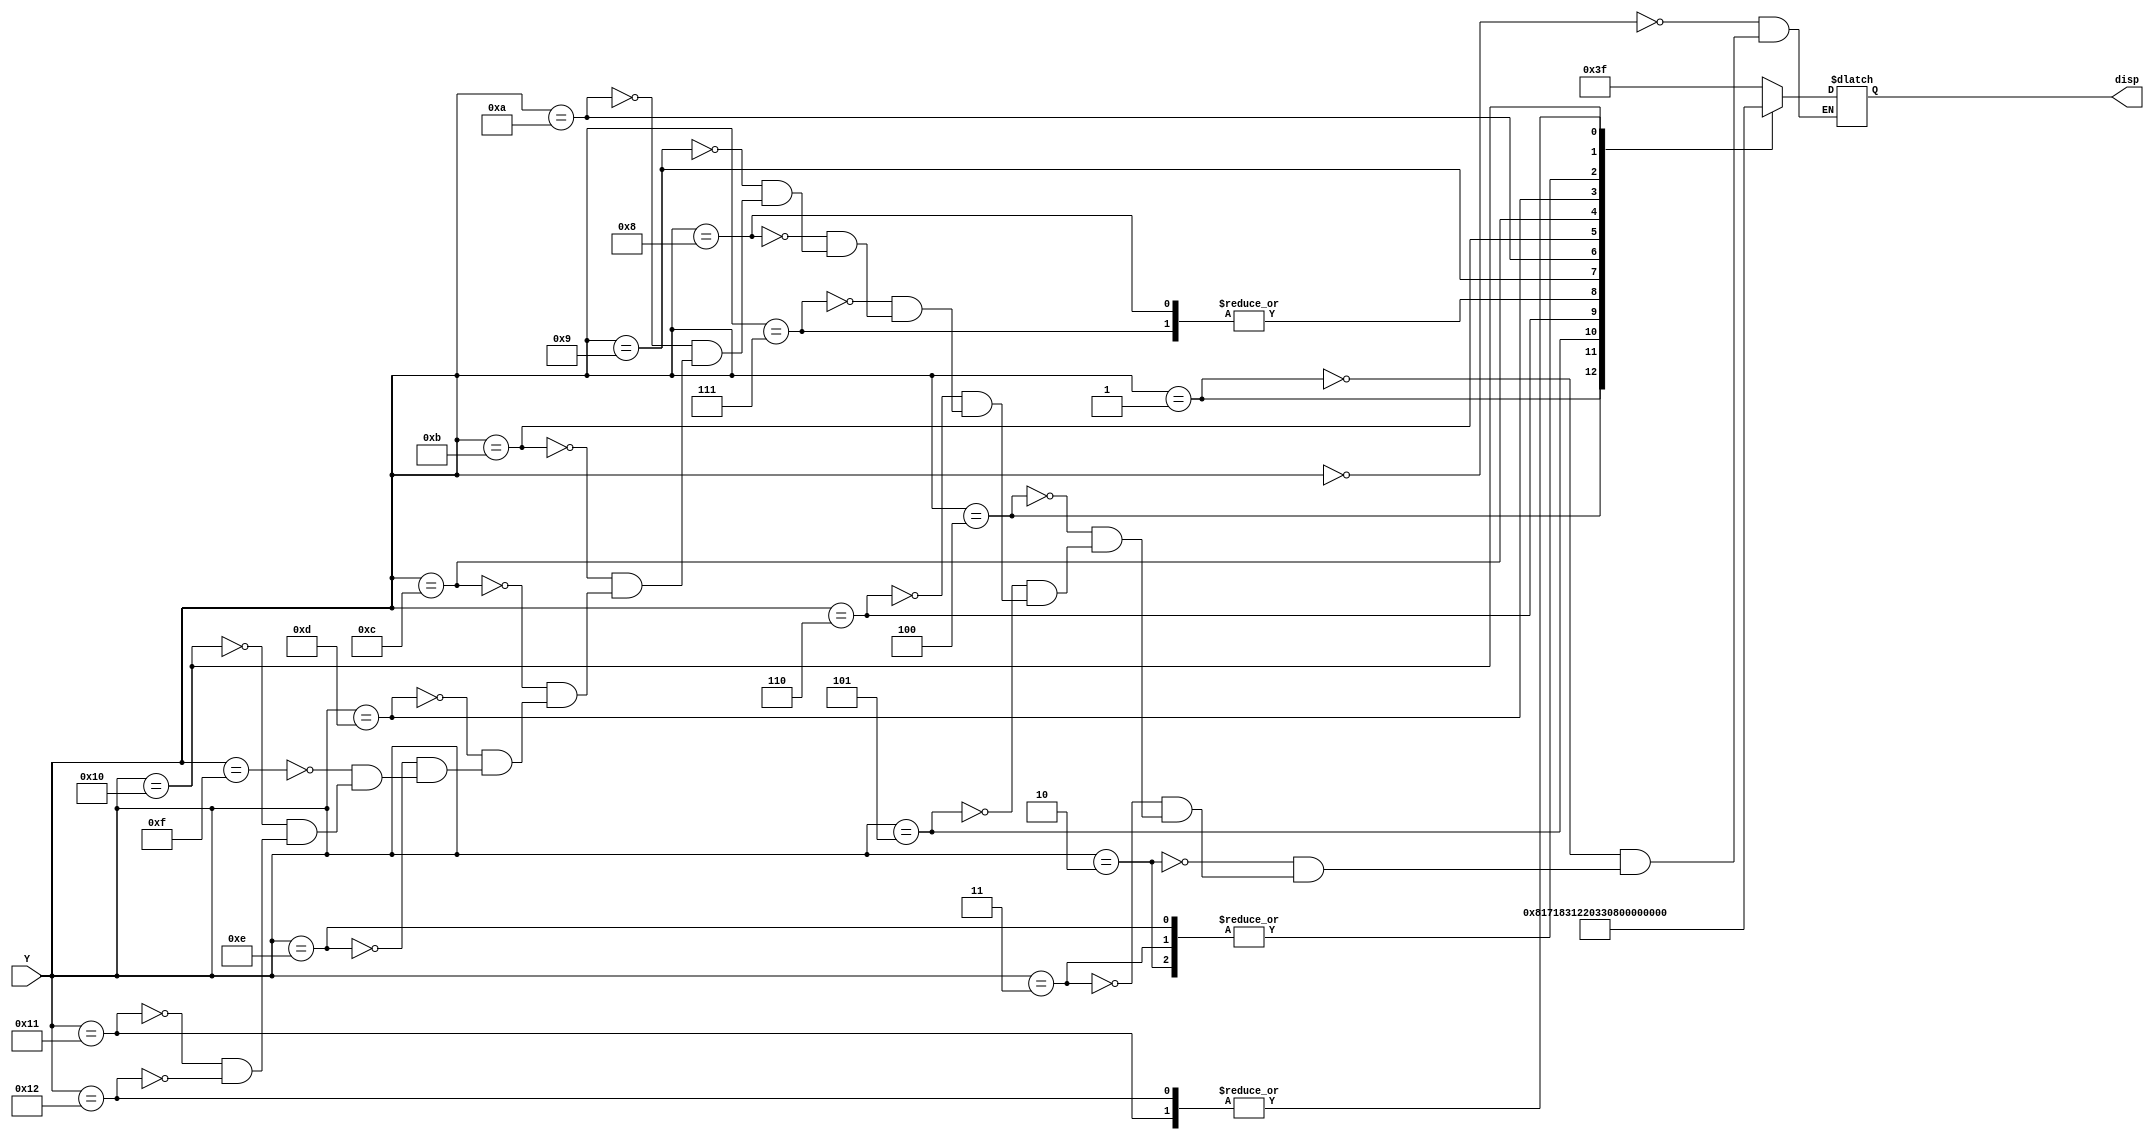
`timescale 1ns / 1ps



module segmento(
input [10:0] Y,
output reg [6:0] disp
    );
always@(Y)begin
case(Y)
0: disp = 7'b0111111;// 
1: disp = 7'b0001000;
2: disp = 7'b0000011; 

3: disp = 7'b0000011;
4: disp = 7'b0001011;
5: disp = 7'b1000110; 
6: disp = 7'b0000110;

7: disp = 7'b0010010;
8: disp = 7'b0010010;

9: disp = 7'b0010000;
10: disp = 7'b0001100;
11: disp = 7'b1100001;

12: disp = 7'b0001101;
13: disp = 7'b0100001;
14: disp = 7'b0000011;

15: disp = 7'b0111111;
16: disp = 7'b0000111;
17: disp = 7'b0101011;
18: disp = 7'b0101011;













endcase


end





endmodule